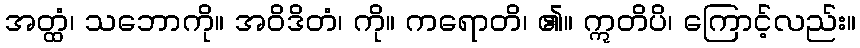
အတ္ထံ၊ သဘောကို။ အဝိဒိတံ၊ ကို။ ကရောတိ၊ ၏။ ဣတိပိ၊ ကြောင့်လည်း။